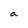
Character: a